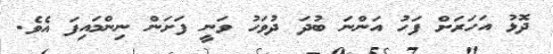
ދޮޅު އަހަރަށް ފަހު އަންނަ ބުދަ ދުވަހު ވަނީ ފަށަން ނިންމައިފަ އެވެ.